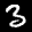
Label: 3